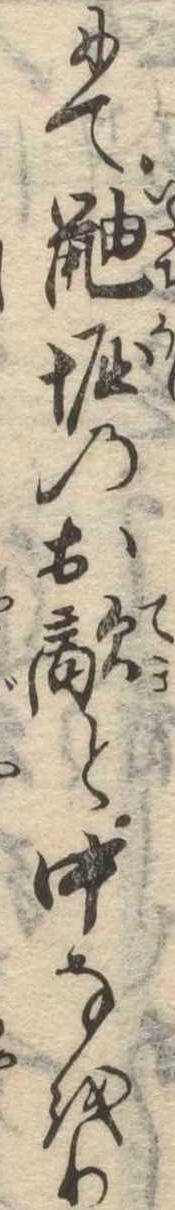
にて鼬堀のお敵と中なをり